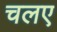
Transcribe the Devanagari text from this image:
चलए